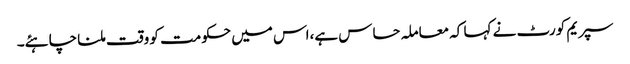
سپریم کورٹ نے کہا کہ معاملہ حساس ہے،اس میں حکومت کو وقت ملنا چاہئے۔